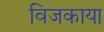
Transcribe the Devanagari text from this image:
विजकाया